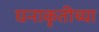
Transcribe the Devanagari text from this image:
घनाकृतीच्या